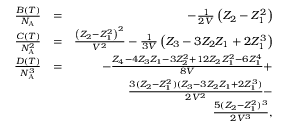
\begin{array} { r l r } { \frac { B ( T ) } { N _ { \mathrm { A } } } } & { = } & { - \frac { 1 } { 2 V } \left( Z _ { 2 } - Z _ { 1 } ^ { 2 } \right) } \\ { \frac { C ( T ) } { N _ { \mathrm { A } } ^ { 2 } } } & { = } & { \frac { \left( Z _ { 2 } - Z _ { 1 } ^ { 2 } \right) ^ { 2 } } { V ^ { 2 } } - \frac { 1 } { 3 V } \left( Z _ { 3 } - 3 Z _ { 2 } Z _ { 1 } + 2 Z _ { 1 } ^ { 3 } \right) } \\ { \frac { D ( T ) } { N _ { \mathrm { A } } ^ { 3 } } } & { = } & { - \frac { Z _ { 4 } - 4 Z _ { 3 } Z _ { 1 } - 3 Z _ { 2 } ^ { 2 } + 1 2 Z _ { 2 } Z _ { 1 } ^ { 2 } - 6 Z _ { 1 } ^ { 4 } } { 8 V } + } \\ & { } & { \frac { 3 ( Z _ { 2 } - Z _ { 1 } ^ { 2 } ) ( Z _ { 3 } - 3 Z _ { 2 } Z _ { 1 } + 2 Z _ { 1 } ^ { 3 } ) } { 2 V ^ { 2 } } - } \\ & { } & { \frac { 5 ( Z _ { 2 } - Z _ { 1 } ^ { 2 } ) ^ { 3 } } { 2 V ^ { 3 } } , } \end{array}